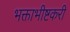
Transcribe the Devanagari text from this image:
भक्ताभीष्टकरी